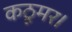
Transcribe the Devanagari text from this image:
कठूमर।